Lunatic asylums Central Provinces reports 1874-1885 - 1874-1885
Year: 1874
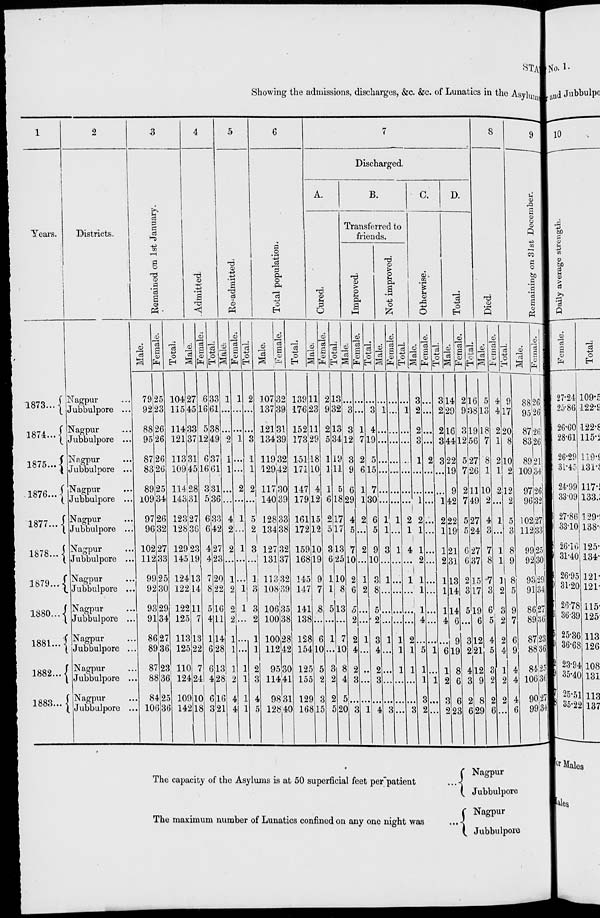
STATMENT
Showing the admissions, discharges, &c. &c. of Lunatics in the Asylums
1
Years.
1873 ...
1874 ...
1875 ...
1876 ...
1877 ...
1878 ...
1879 ...
1880 ...
1881 ...
1882 ...
1883 ...
2
Districts.
Nagpur
Jubbulpore ...
Nagpur ...
Jubbulpore ...
Nagpur ...
Jubbulpore ...
Nagpur ...
Jubbulpore ...
Nagpur ...
Jubbulpore ...
Nagpur ...
Jubbulpore ...
Nagpur ...
Jubbulpore ...
Nagpur ...
Jubbulpore ...
Nagpur ...
Jubbulpore ...
Nagpur ...
Jubbulpore ...
Nagpur ...
Jubbulpore ...
3
Remained on 1st January.
Male.
79
92
88
95
87
83
89
109
97
96
102
112
99
92
93
91
86
89
87
88
84
106
Female.
25
23
26
26
26
26
25
34
26
32
27
33
25
30
29
34
27
36
23
36
25
36
Total.
104
115
114
121
113
109
114
143
123
128
129
145
124
122
122
125
113
125
110
124
109
142
4
Admitted.
Male.
27
45
33
37
31
45
28
31
27
36
23
19
13
14
11
7
13
22
7
24
10
18
Female.
6
16
5
12
6
16
3
5
6
6
4
4
7
8
5
4
1
6
6
4
6
3
Total.
33
61
38
49
37
61
31
36
33
42
27
23
20
22
16
11
14
28
13
28
16
21
5
Re-admitted.
Male.
1
...
...
2
1
1
...
...
4
2
2
...
1
2
2
2
1
1
1
2
4
4
Female.
1
...
...
1
...
...
2
...
1
...
1
...
...
1
1
...
...
...
1
1
1
1
Total.
2
...
...
3
1
1
2
...
5
2
3
...
1
3
3
2
1
1
2
3
4
5
6
Total population.
Male.
107
137
121
134
119
129
117
140
128
134
127
131
113
108
106
100
100
112
95
114
98
128
Female.
32
39
31
39
32
42
30
39
33
38
32
37
32
39
35
38
28
42
30
41
31
40
Total.
139
176
152
173
151
171
147
179
161
172
159
168
145
147
141
138
128
154
125
155
129
168
7
Discharged.
A.
Cured.
Male.
11
23
11
29
18
10
4
12
15
12
10
19
9
7
8
...
6
10
5
2
3
15
Female.
2
9
2
5
1
1
1
6
2
5
3
6
1
1
5
...
1
...
3
2
2
5
Total.
13
32
13
34
19
11
5
18
17
17
13
25
10
8
13
...
7
10
8
4
5
20
B.
transferred to
friends.
Improved.
Male.
...
3
3
12
3
9
6
29
4
5
7
10
2
6
5
2
2
4
2
3
...
3
Female.
...
...
1
7
2
6
1
1
2
...
2
...
1
2
...
...
1
...
...
...
...
1
Total.
...
3
4
19
5
15
7
30
6
5
9
10
3
8
5
2
3
4
2
3
...
4
Not improved.
Male.
...
1
...
...
...
...
...
...
1
1
3
...
1
...
...
...
1
...
...
...
...
3
Female.
...
...
...
...
...
...
...
...
1
...
1
...
...
...
...
...
1
1
1
...
...
...
Total.
...
1
...
...
...
...
...
...
2
1
4
...
1
...
...
...
2
1
1
...
...
...
C.
Otherwise.
Male.
3
2
2
3
1
...
...
1
2
1
1
2
1
1
1
4
...
5
1
1
3
3
Female.
...
...
...
...
2
...
...
...
...
...
...
...
...
...
...
...
...
1
...
1
...
...
Total.
3
2
2
3
3
...
...
1
2
1
1
2
1
1
1
4
...
6
1
2
3
2
D.
Total.
Male.
14
29
16
44
22
19
9
42
22
19
21
31
13
14
14
6
9
19
8
6
6
23
Female.
2
9
3
12
5
7
2
7
5
5
6
6
2
3
5
...
3
2
4
3
2
6
Total.
16
38
19
56
27
26
11
49
27
24
27
37
15
17
19
6
12
21
12
9
8
29
8
Died.
Male.
5
13
18
7
8
1
10
2
4
3
7
8
7
3
6
5
4
5
3
2
2
6
Female.
4
4
2
1
2
1
2
...
1
...
1
1
1
2
3
2
2
4
1
2
2
...
Total.
9
17
20
8
10
2
12
2
5
3
8
9
8
5
9
7
6
9
4
4
4
6
9
Remaining on 31st December.
Male.
88
95
87
83
89
109
97
96
102
112
99
92
93
91
86
89
87
88
84
106
90
99
Female.
26
26
26
26
21
34
26
32
27
33
25
30
29
34
27
36
23
36
25
36
27
34
The capacity of the Asylums is at 50 superficial feet per patient ...
The maximum number of Lunatics confined on any one night was ...
Nagpur
Jubbulpore
Nagpur
Jubbulpore